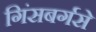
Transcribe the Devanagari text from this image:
गिंसबर्गसे